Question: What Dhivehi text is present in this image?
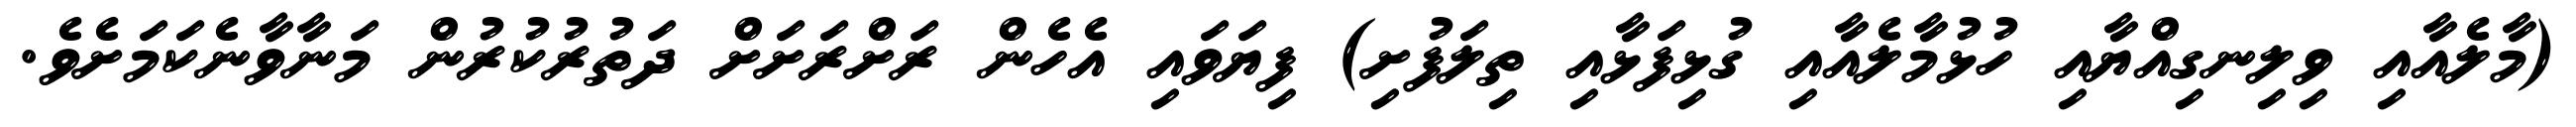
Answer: (މާލެއާއި ވިލިނގިއްޔާއި ހުޅުމާލެއާއި ގުޅިފަޅާއި ތިލަފުށި) ފިޔަވައި އެހެން ރަށްރަށަށް ދަތުރުކުރުން މަނާވާނެކަމަށެވެ.